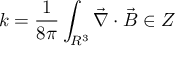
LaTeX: k = \frac { 1 } { 8 \pi } \int _ { R ^ { 3 } } \vec { \nabla } \cdot \vec { B } \in Z